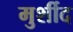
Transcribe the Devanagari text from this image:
मुर्शीद